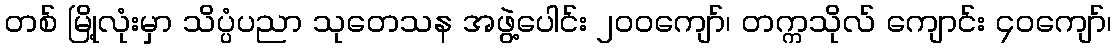
တစ် မြို့လုံးမှာ သိပ္ပံပညာ သုတေသန အဖွဲ့ပေါင်း ၂၀၀ကျော်၊ တက္ကသိုလ် ကျောင်း ၄၀ကျော်၊